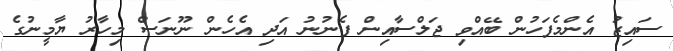
ސައިޒު އެންމެފަހުން ބޭއްވި ޖަލްސާއިން ފެނުނު އަދި އެހެން ނޫނަސް މިހާރު ޔާމީނުގެ